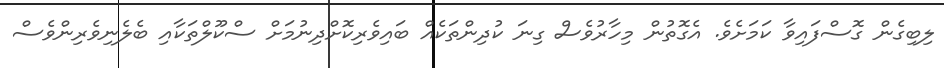
ލިބިގެން ގޮސްފައިވާ ކަމަށެވެ. އެގޮތުން މިހާރުވެސް ގިނަ ކުދިންތަކެއް ބައިވެރިކޮށްދިނުމަށް ސްކޫލްތަކާއި ބެލެނިވެރިންވެސް